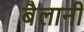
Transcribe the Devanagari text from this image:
बैलानी